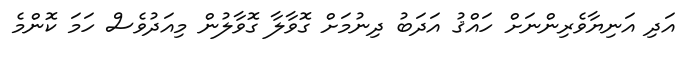
އަދި އަނިޔާވެރިންނަށް ހައްޤު އަދަބު ދިނުމަށް ގޮވާލާ ގޮވާލުން މިއަދުވެސް ހަމަ ކޮންމެ